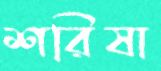
শরিষা